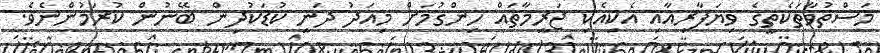
މަސްތުވާތަކެތީގެ ވިޔަފާރިއާއި އެކިއެކި ޖަރީމާތައް ހިންގުމަށް މިއަދު ދަނީ ކުޑަކުދިން ބޭނުން ކުރަމުންނެވެ.